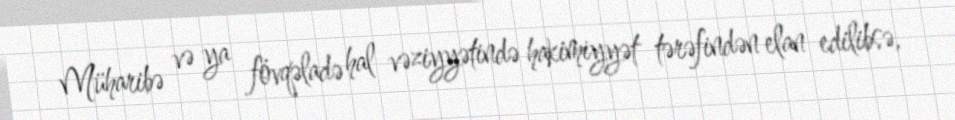
Müharibə və ya fövqəladə hal vəziyyətində hakimiyyət tərəfindən elan edilibsə,